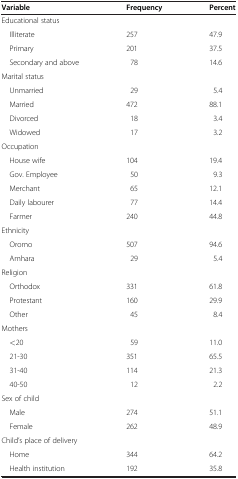
<table><thead><tr><td><b>Variable</b></td><td><b>Frequency</b></td><td><b>Percent</b></td></tr></thead><tbody><tr><td>Educational status</td><td> </td><td> </td></tr><tr><td> Illiterate</td><td>257</td><td>47.9</td></tr><tr><td> Primary</td><td>201</td><td>37.5</td></tr><tr><td> Secondary and above</td><td>78</td><td>14.6</td></tr><tr><td>Marital status</td><td> </td><td> </td></tr><tr><td> Unmarried</td><td>29</td><td>5.4</td></tr><tr><td> Married</td><td>472</td><td>88.1</td></tr><tr><td> Divorced</td><td>18</td><td>3.4</td></tr><tr><td> Widowed</td><td>17</td><td>3.2</td></tr><tr><td>Occupation</td><td> </td><td> </td></tr><tr><td> House wife</td><td>104</td><td>19.4</td></tr><tr><td> Gov. Employee</td><td>50</td><td>9.3</td></tr><tr><td> Merchant</td><td>65</td><td>12.1</td></tr><tr><td> Daily labourer</td><td>77</td><td>14.4</td></tr><tr><td> Farmer</td><td>240</td><td>44.8</td></tr><tr><td>Ethnicity</td><td> </td><td> </td></tr><tr><td> Oromo</td><td>507</td><td>94.6</td></tr><tr><td> Amhara</td><td>29</td><td>5.4</td></tr><tr><td>Religion</td><td> </td><td> </td></tr><tr><td> Orthodox</td><td>331</td><td>61.8</td></tr><tr><td> Protestant</td><td>160</td><td>29.9</td></tr><tr><td> Other</td><td>45</td><td>8.4</td></tr><tr><td>Mothers</td><td> </td><td> </td></tr><tr><td> &lt;20</td><td>59</td><td>11.0</td></tr><tr><td> 21-30</td><td>351</td><td>65.5</td></tr><tr><td> 31-40</td><td>114</td><td>21.3</td></tr><tr><td> 40-50</td><td>12</td><td>2.2</td></tr><tr><td>Sex of child</td><td> </td><td> </td></tr><tr><td> Male</td><td>274</td><td>51.1</td></tr><tr><td> Female</td><td>262</td><td>48.9</td></tr><tr><td>Child’s place of delivery</td><td> </td><td> </td></tr><tr><td> Home</td><td>344</td><td>64.2</td></tr><tr><td> Health institution</td><td>192</td><td>35.8</td></tr></tbody></table>